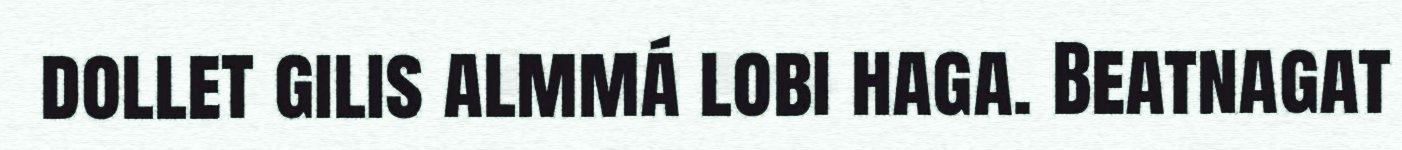
dollet gilis almmá lobi haga. Beatnagat